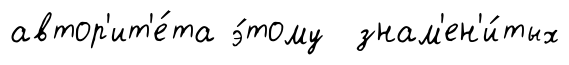
автор'ит'е́та э́тому знам'ен'и́тых